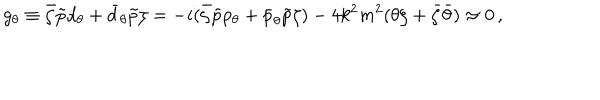
g _ { \theta } \equiv \bar { \zeta } \tilde { p } d _ { \theta } + \bar { d } _ { \theta } \tilde { p } \zeta = - i ( \bar { \zeta } \tilde { p } p _ { \theta } + \bar { p } _ { \theta } \tilde { p } \zeta ) - 4 k ^ { 2 } m ^ { 2 } ( \theta \zeta + \bar { \zeta } \bar { \theta } ) \approx 0 \, ,